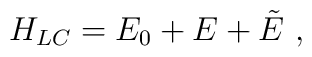
H_{LC} = E_0 + E + \tilde{E}~,